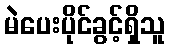
မဲပေးပိုင်ခွင့်ရှိသူ